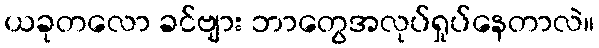
ယခုတလော ခင်ဗျား ဘာတွေအလုပ်ရှုပ်နေတာလဲ။